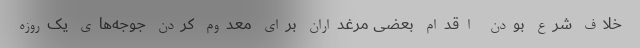
خلاف شرع بودن اقدام بعضی مرغداران برای معدوم کردن جوجه‌های یک‌روزه